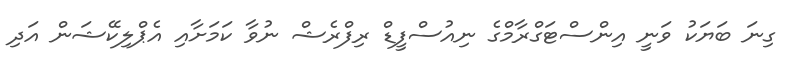
ގިނަ ބަޔަކު ވަނީ އިންސްޓަގްރާމްގެ ނިއުސްފީޑް ރިފްރެޝް ނުވާ ކަމަށާއި އެޕްލިކޭޝަން އަދި